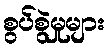
စွပ်စွဲမှုများ